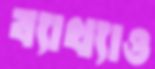
ব্যাখ্যাও